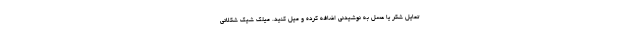
تمایل شکر یا عسل به نوشیدنی اضافه کرده و میل کنید. میلک شیک شکلاتی